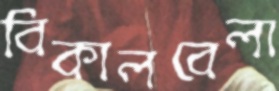
বিকালবেলা